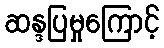
ဆန္ဒပြမှုကြောင့်